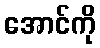
အောင်ကို